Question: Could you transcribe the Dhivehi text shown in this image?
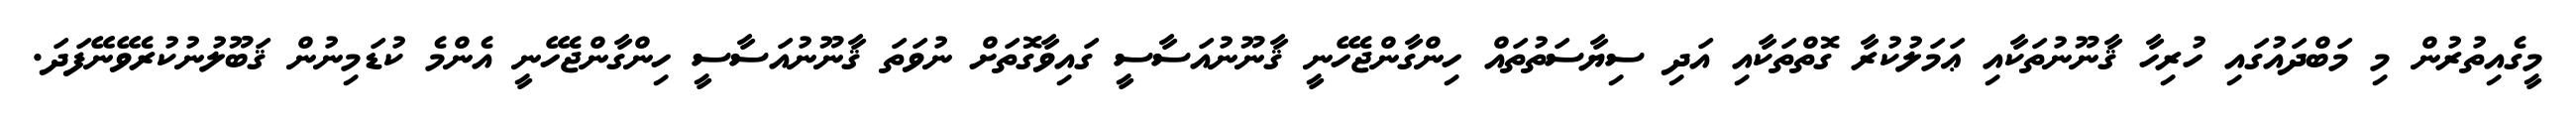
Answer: މީގެއިތުރުން މި މަބްދައުގައި ހުރިހާ ޤާނޫނުތަކާއި ޢަމަލުކުރާ ގޮތްތަކާއި އަދި ސިޔާސަތުތައް ހިންގާންޖެހޭނީ ޤާނޫނުއަސާސީ ގައިވާގޮތަށް ނުވަތަ ޤާނޫނުއަސާސީ ހިންގާންޖެހޭނީ އެންމެ ކުޑަމިނުން ޤަބޫލުނުކުރެވޭނޭފަދަ.